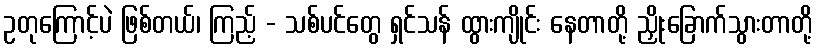
ဥတုကြောင့်ပဲ ဖြစ်တယ်၊ ကြည့် - သစ်ပင်တွေ ရှင်သန် ထွားကျိုင်း နေတာတို့ ညှိုးခြောက်သွားတာတို့